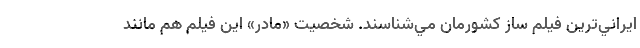
ايراني‌ترين فيلم ساز کشورمان مي‌شناسند. شخصيت «مادر» اين فيلم هم مانند